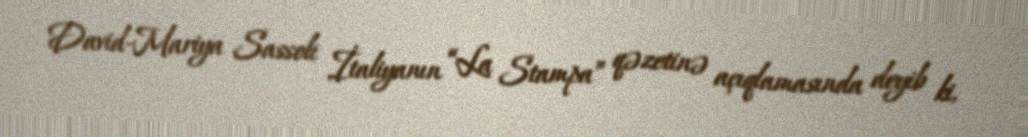
David-Mariya Sassoli İtaliyanın “La Stampa” qəzetinə açıqlamasında deyib ki,